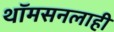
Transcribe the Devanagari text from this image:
थॉमसनलाही